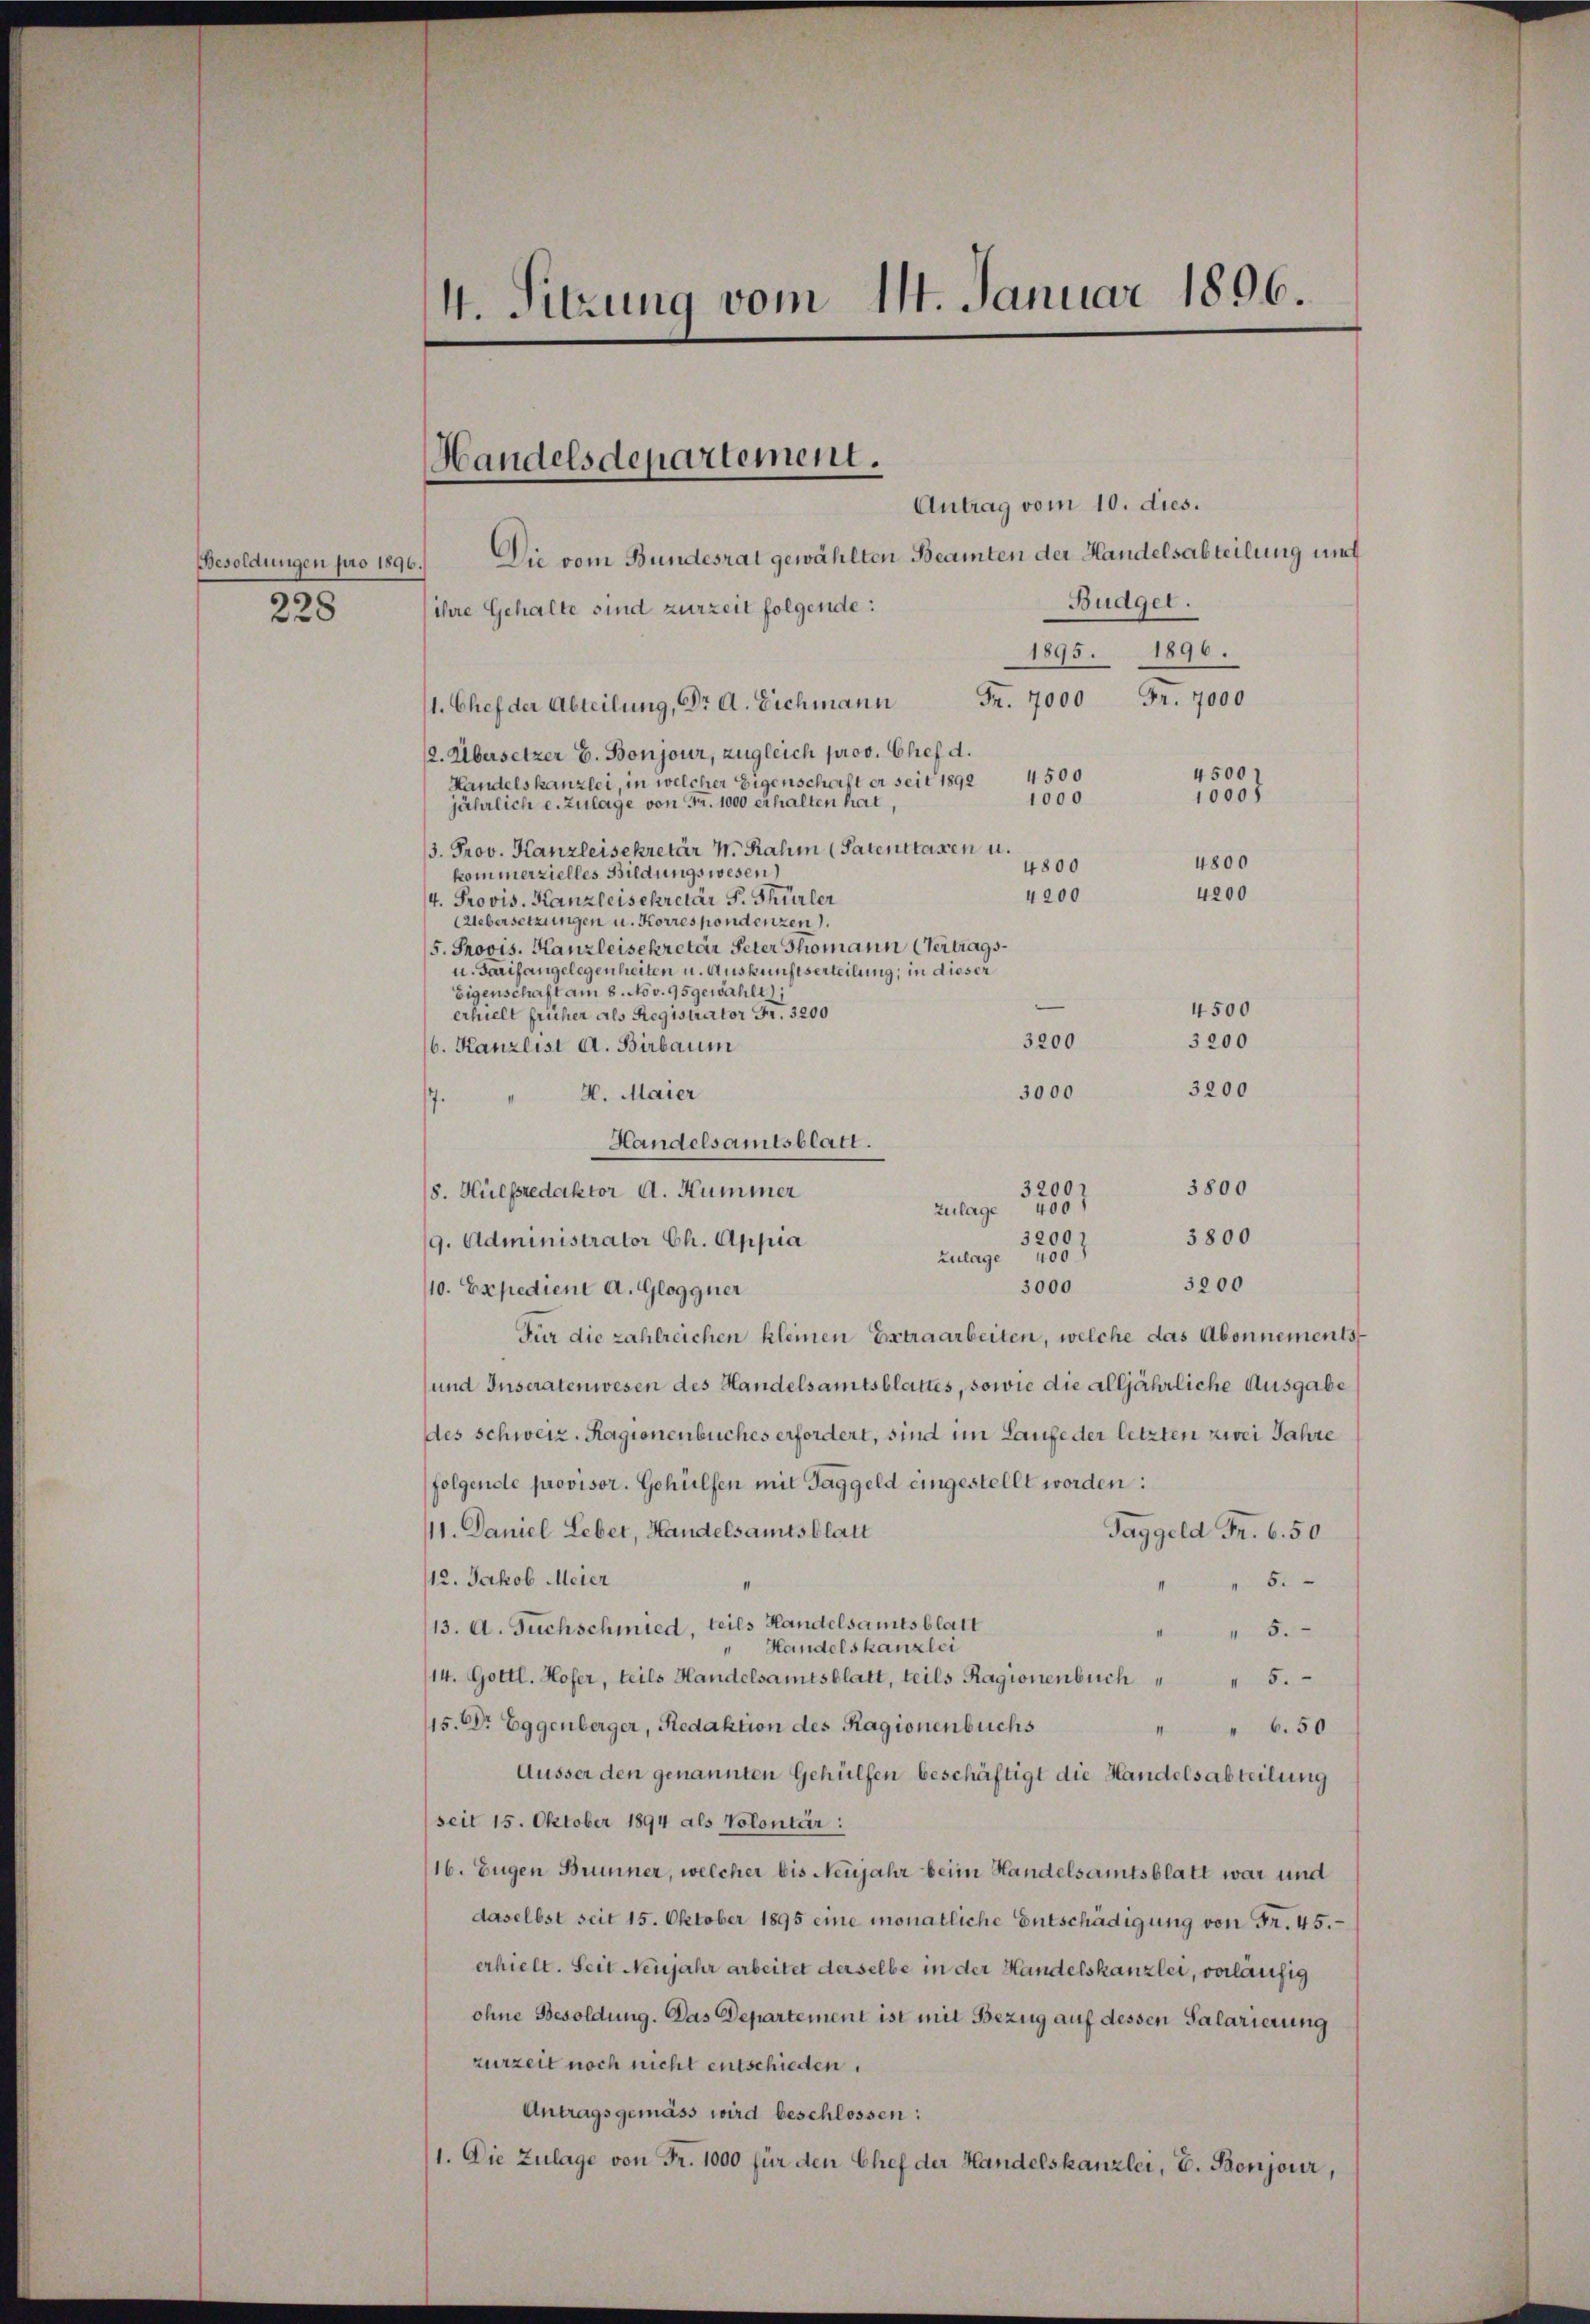
Besoldungen pro 1896.
228

4. Sitzung vom 14. Januar 1896.

Handelsdepartement.

Antrag vom 10. dies.
Die vom Bundesrat gewählten Beamten der Handelsabteilung und
Budget.
ihre Gehalte sind zurzeit folgende:
1895. 1896.
Fr. 7000
Fr. 7000
1. Chef der Abteilung, Dr A. Eichmann
2. Übersetzer E. Bonjour, zugleich prov. Chef d.
4500
Handelskanzlei, in welcher Eigenschaft er seit 1892 4500
1000
1000
jährlich e. Zulage von Fr. 1000 erhalten hat,
3. Prov. Kanzleisekretär H. Rahm (Patenttassen u.
4800
4800
kommerzielles Bildungswesen)
4200
4200
4. Provis. Kanzleisekretär P. Thürler
Uebersetzungen u. Korrespondenzen
5. Provis. Kanzleisekretär Peter Thomann Vertrags¬
u. Tarifangelegenheiten u. Auskunftserteilung, in dieser
Eigenschaft am 8. Nov. 95 gewählt.
4500
erhielt früher als Registrator Fr. 3200
3200
3200
6. Kanzlist d. Birbaum
3200
3000
H. Maier
.
.
Handelsamtsblatt.
3800
32001
8. Hülfsredaktor A. Hummer
Zulage 400
32001
3800
9. Administrator Ch. Appia
Zulage 400
3200
3000
10. Expedient A. Gloggner
Für die zahlreichen kleinen Extraarbeiten, welche das Abonnements
und Inseratenwesen des Handelsamtsblattes, sowie die alljährliche Ausgabe
des Schweiz. Ragionenbuches erfordert, sind im Laufe der letzten zwei Jahre
folgende provisor. Gehülfen mit Taggeld eingestellt worden:
11. Daniel Leber, Handelsamtsblatt
Taggeld Fr. 6. 50
12. Jakob Meier
" 8.
II
13. A. Fuchschmied, teils Handelsamtsblatt
" 5.
" Handelskanzlei
14. Gottl. Hofer, teils Handelsamtsblatt, teils Ragionenbuch
" 5.
15. Dr Eggenberger, Redaktion des Ragionenbuchs
" " 6.50
Äusser den genannten Gehülfen beschäftigt die Handelsabteilung
seit 15. Oktober 1894 als Volontär:
16. Eugen Brunner, welcher bis Neujahr beim Handelsamtsblatt war und
daselbst seit 15. Oktober 1895 eine monatliche Entschädigung von Fr. 45.
erhielt. Seit Neujahr arbeitet derselbe in der Handelskanzlei, vorläufig
ohne Besoldung. Das Departement ist mit Bezug auf dessen Salarierung
zurzeit noch nicht entschieden.
Antragsgemäss wird beschlossen:
1. Die Zulage von Fr. 1000 für den Chef der Handelskanzlei, E. Bonjour,